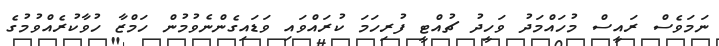
ނަމަވެސް ރައީސް މުހައްމަދު ވަހީދު ޗުއްޓީ ފުރިހަމަ ކުރައްވައި ވަޑައިގެންނެވުމުން ހަމްޒާ ހުވާކުރެއްވުމުގެ